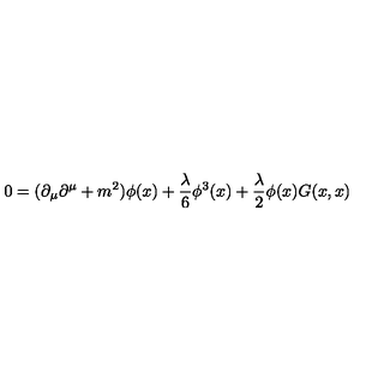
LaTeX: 0 = ( \partial _ { \mu } \partial ^ { \mu } + m ^ { 2 } ) { \phi ( x ) } + { \frac { \lambda } { 6 } } \phi ^ { 3 } ( x ) + { \frac { \lambda } { 2 } } \phi ( x ) G ( x , x )